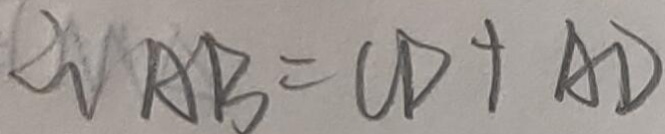
\therefore A B = C D + A D